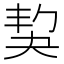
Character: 𡘱